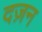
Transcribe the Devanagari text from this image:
दज़न